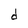
Character: d